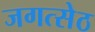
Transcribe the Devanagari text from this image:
जगत्सेठ